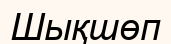
Шықшөп